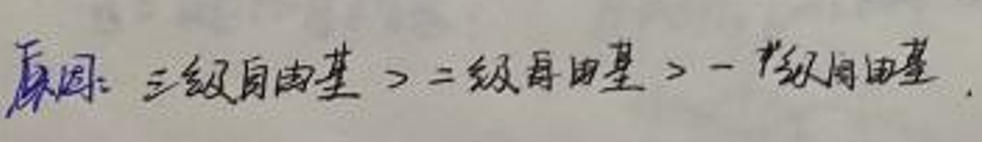
原因：三级自由基\(>\)二级自由基\(>\)一级自由基.